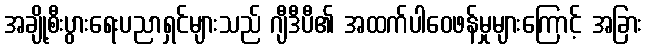
အချို့စီးပွားရေးပညာရှင်များသည် ဂျီဒီပီ၏ အထက်ပါဝေဖန်မှုများကြောင့် အခြား